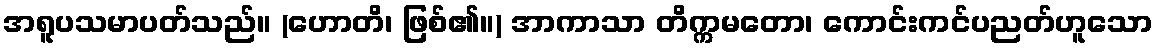
အရူပသမာပတ်သည်။ (ဟောတိ၊ ဖြစ်၏။) အာကာသာ တိက္ကမတော၊ ကောင်းကင်ပညတ်ဟူသော